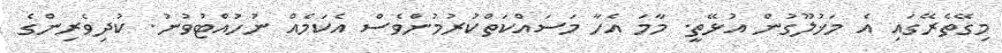
މިގޭތެރޭގައި އެ މަޚުލޫގުން އުޅޭތީ. މާމަ އެހާ މަސައްކަތްކުރުމުންވެސް އެކަމެއް ނުހުއްޓުވުނު. ކުދިވެރިންގެ